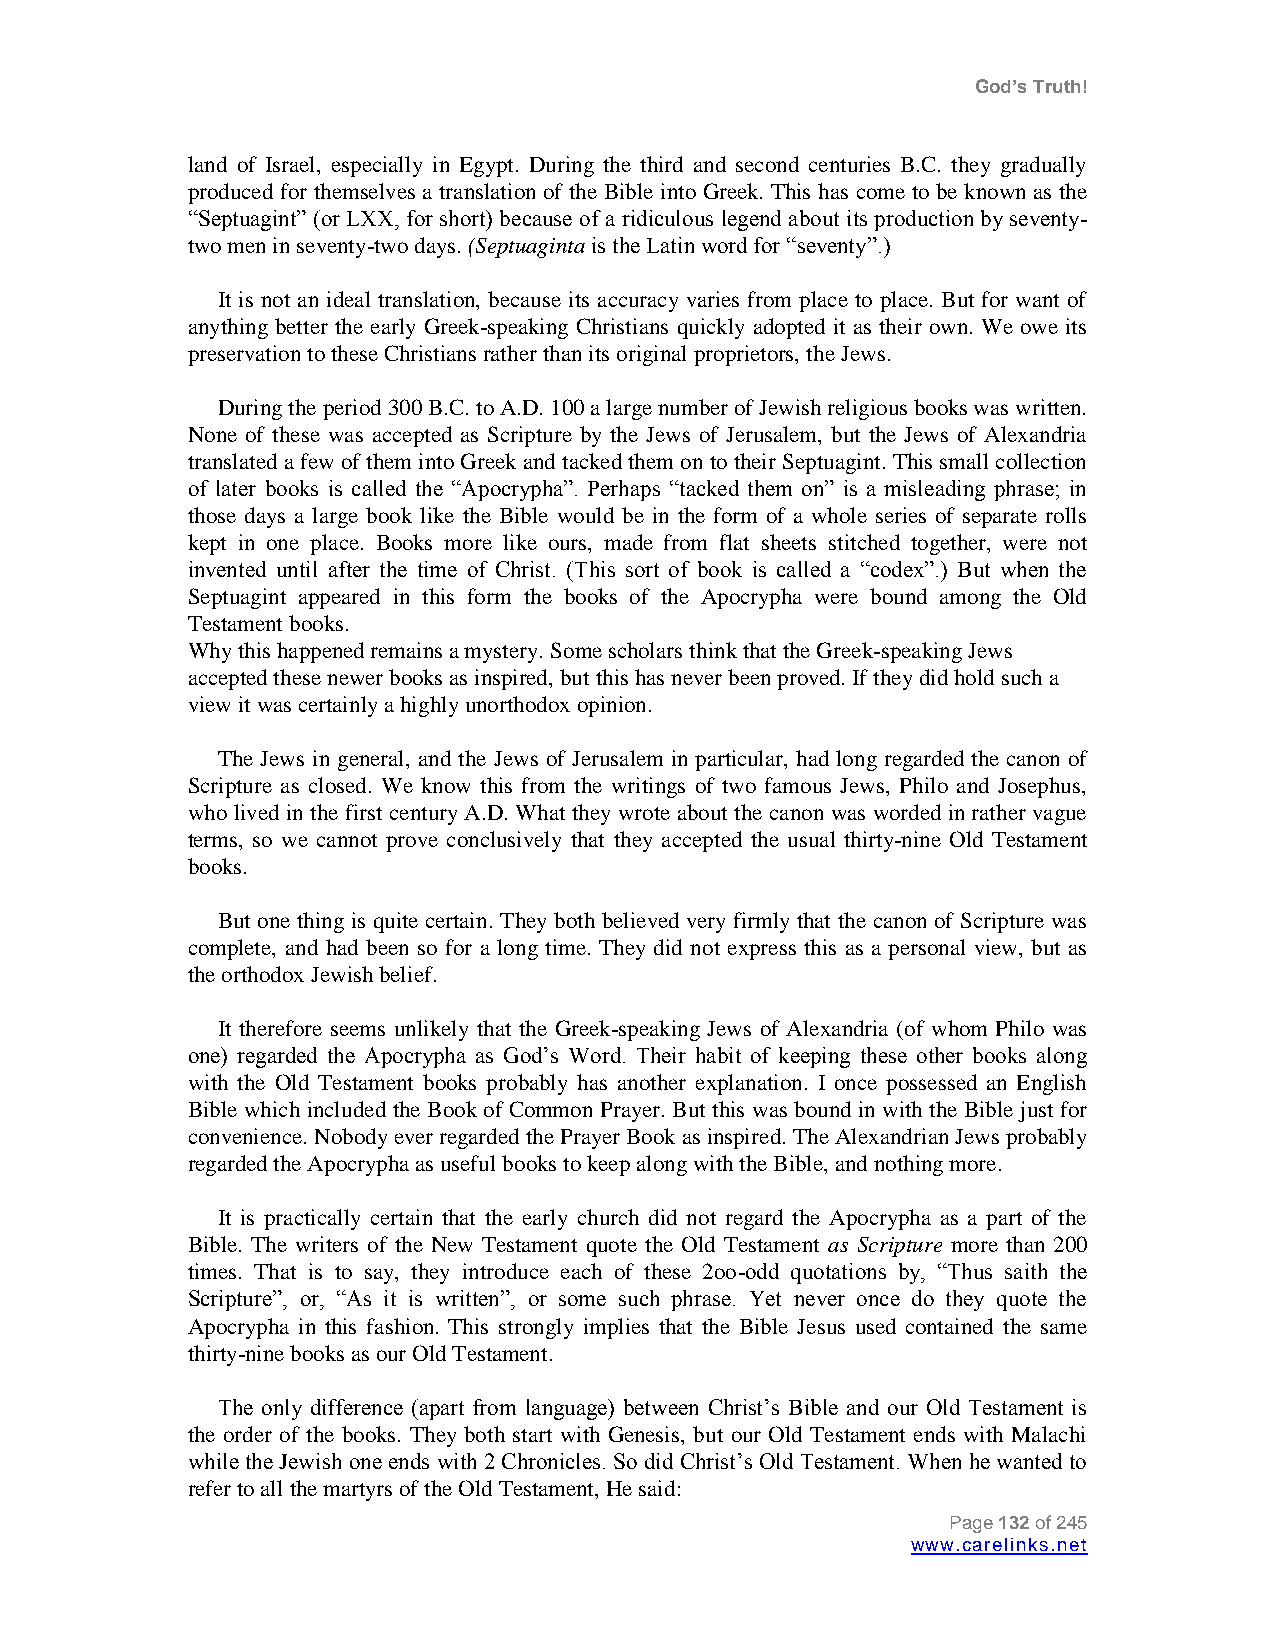
God’s Truth!
 land of Israel, especially in Egypt. During the third and second centuries B.C. they gradually
 produced for themselves a translation of the Bible into Greek. This has come to be known as the
 “Septuagint” (or LXX, for short) because of a ridiculous legend about its production by seventy-
 two men in seventy-two days. (Septuaginta is the Latin word for “seventy”.)
 It is not an ideal translation, because its accuracy varies from place to place. But for want of
 anything better the early Greek-speaking Christians quickly adopted it as their own. We owe its
 preservation to these Christians rather than its original proprietors, the Jews.
 During the period 300 B.C. to A.D. 100 a large number of Jewish religious books was written.
 None of these was accepted as Scripture by the Jews of Jerusalem, but the Jews of Alexandria
 translated a few of them into Greek and tacked them on to their Septuagint. This small collection
 of later books is called the “Apocrypha”. Perhaps “tacked them on” is a misleading phrase; in
 those days a large book like the Bible would be in the form of a whole series of separate rolls
 kept in one place. Books more like ours, made from flat sheets stitched together, were not
 invented until after the time of Christ. (This sort of book is called a “codex”.) But when the
 Septuagint appeared in this form the books of the Apocrypha were bound among the Old
 Testament books.
 Why this happened remains a mystery. Some scholars think that the Greek-speaking Jews
 accepted these newer books as inspired, but this has never been proved. If they did hold such a
 view it was certainly a highly unorthodox opinion.
 The Jews in general, and the Jews of Jerusalem in particular, had long regarded the canon of
 Scripture as closed. We know this from the writings of two famous Jews, Philo and Josephus,
 who lived in the first century A.D. What they wrote about the canon was worded in rather vague
 terms, so we cannot prove conclusively that they accepted the usual thirty-nine Old Testament
 books.
 But one thing is quite certain. They both believed very firmly that the canon of Scripture was
 complete, and had been so for a long time. They did not express this as a personal view, but as
 the orthodox Jewish belief.
 It therefore seems unlikely that the Greek-speaking Jews of Alexandria (of whom Philo was
 one) regarded the Apocrypha as God‟s Word. Their habit of keeping these other books along
 with the Old Testament books probably has another explanation. I once possessed an English
 Bible which included the Book of Common Prayer. But this was bound in with the Bible just for
 convenience. Nobody ever regarded the Prayer Book as inspired. The Alexandrian Jews probably
 regarded the Apocrypha as useful books to keep along with the Bible, and nothing more.
 It is practically certain that the early church did not regard the Apocrypha as a part of the
 Bible. The writers of the New Testament quote the Old Testament as Scripture more than 200
 times. That is to say, they introduce each of these 2oo-odd quotations by, “Thus saith the
 Scripture”, or, “As it is written”, or some such phrase. Yet never once do they quote the
 Apocrypha in this fashion. This strongly implies that the Bible Jesus used contained the same
 thirty-nine books as our Old Testament.
 The only difference (apart from language) between Christ‟s Bible and our Old Testament is
 the order of the books. They both start with Genesis, but our Old Testament ends with Malachi
 while the Jewish one ends with 2 Chronicles. So did Christ‟s Old Testament. When he wanted to
 refer to all the martyrs of the Old Testament, He said:
 Page 132 of 245
 www.carelinks.net